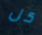
كل